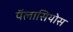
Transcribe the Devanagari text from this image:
पॅलासियोस